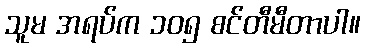
သူမ အရပ်က ၁၀၅ စင်တီမီတာပါ။